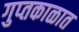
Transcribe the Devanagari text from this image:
गुप्‍तकाळात